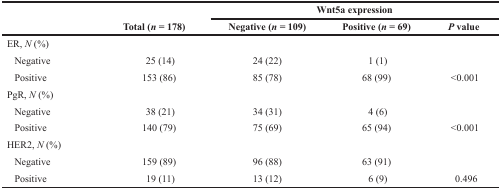
| <ROWSPAN=2>  |  | <COLSPAN=3> Wnt5a expression |
 | Total (n = 178) | Negative (n = 109) | Positive (n = 69) | P value |
 | --- | --- | --- | --- | --- |
 | ER, N (%) |  |  |  |  |
 | Negative | 25 (14) | 24 (22) | 1 (1) |  |
 | Positive | 153 (86) | 85 (78) | 68 (99) | <0.001 |
 | PgR, N (%) |  |  |  |  |
 | Negative | 38 (21) | 34 (31) | 4 (6) |  |
 | Positive | 140 (79) | 75 (69) | 65 (94) | <0.001 |
 | HER2, N (%) |  |  |  |  |
 | Negative | 159 (89) | 96 (88) | 63 (91) |  |
 | Positive | 19 (11) | 13 (12) | 6 (9) | 0.496 |